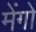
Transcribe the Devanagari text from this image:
मेंगो